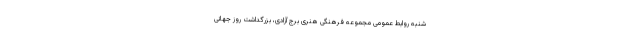
شنبه روابط عمومی مجموعه فرهنگی هنری برج آزادی، بزرگداشت روز جهانی